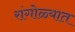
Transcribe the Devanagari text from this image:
रांगोळ्यात